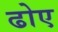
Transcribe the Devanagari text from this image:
ढोए